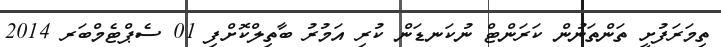
ތިމަރަފުށީ ތަންތަނުން ކަރަންޓް ނުކަނޑަން ކުރި އަމުރު ބާތިލްކޮށްފި 01 ސެޕްޓެމްބަރ 2014